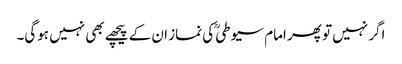
اگر نہیں تو پھر امام سیوطیؒ کی نماز ان کے پیچھے بھی نہیں ہوگی۔